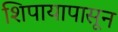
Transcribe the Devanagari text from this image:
शिपायापासून